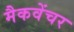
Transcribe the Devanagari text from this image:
मैकवेंचर